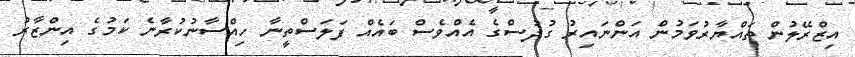
އިޒްރޭލުން ތައްޔާރުވަމުން އަންނައިރު ގުދުސްގެ އެއްވެސް ބައެއް ފަލަސްތީނާ ހިއްސާނުކުރާނެ ކަމުގެ އިންޒާރު